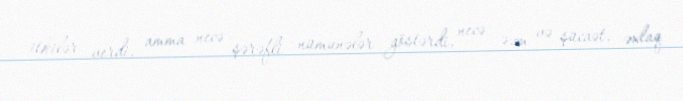
itkilər verdi, amma necə şərəfli nümunələr göstərdi, necə əzm və şücaət, əxlaq